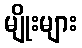
မျိုးများ